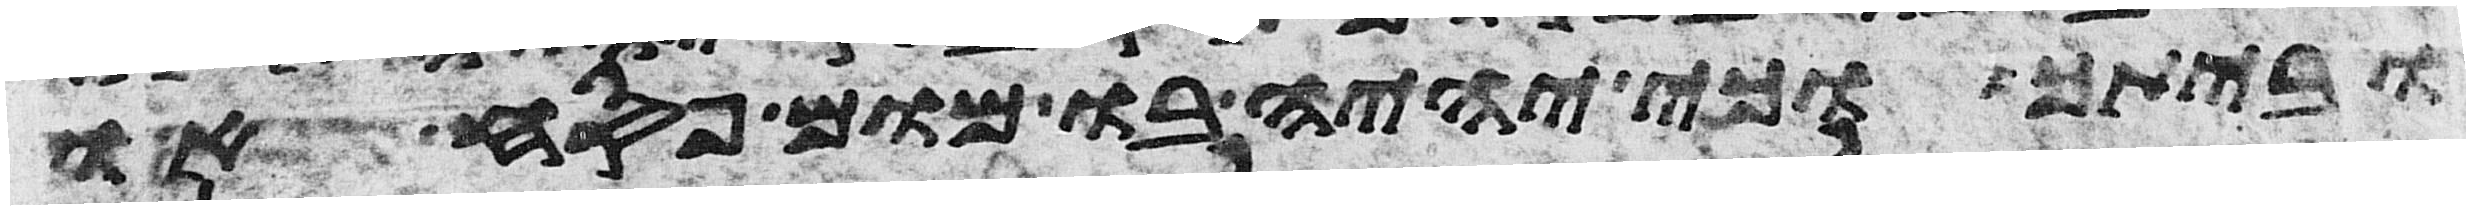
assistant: וביתך וכי יהיה בו מום פסח או